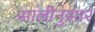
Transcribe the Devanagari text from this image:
सालीनुसार